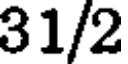
31/2